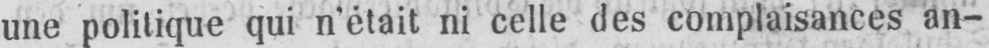
une politique qui n’était ni celle des complaisances an-